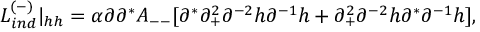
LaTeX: { \cal L } _ { i n d } ^ { ( - ) } \vert _ { h h } = \alpha \partial \partial ^ { * } { \cal A } _ { -- } [ \partial ^ { * } \partial _ { + } ^ { 2 } \partial ^ { - 2 } h \partial ^ { - 1 } h + \partial _ { + } ^ { 2 } \partial ^ { - 2 } h \partial ^ { * } \partial ^ { - 1 } h ] ,